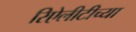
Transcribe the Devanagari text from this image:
रिऐलीटीच्या